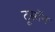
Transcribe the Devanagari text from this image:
टूसॉन